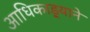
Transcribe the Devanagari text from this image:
आधिकाड़्याने